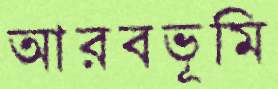
আরবভূমি